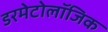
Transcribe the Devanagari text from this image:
डरमेटोलॉजिक